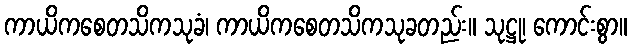
ကာယိကစေတသိကသုခံ၊ ကာယိကစေတသိကသုခတည်း။ သုဋ္ဌု၊ ကောင်းစွာ။